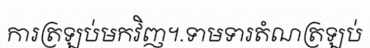
ការត្រឡប់មកវិញ។.ទាមទារតំណត្រឡប់